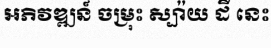
អភិវឌ្ឍន៍ ចម្រុះ ស្ប៉ាយ ដឺ នេះ